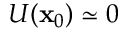
U ( \mathbf { x } _ { 0 } ) \simeq 0